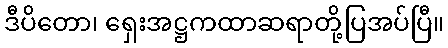
ဒီပိတော၊ ရှေးအဋ္ဌကထာဆရာတို့ပြအပ်ပြီ။